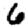
Digit: 6